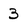
Character: 3